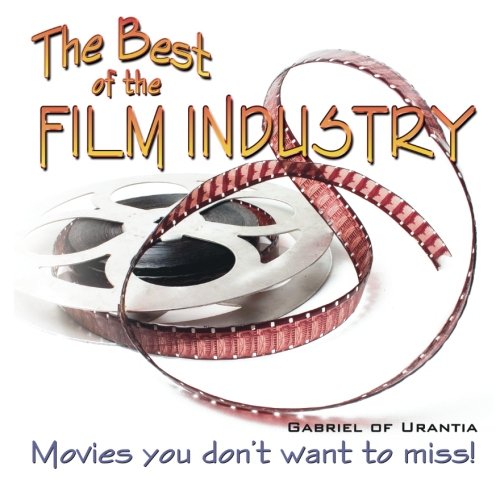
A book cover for The Best of the Film Industry; Gabriel Of Urantia; Religion & Spirituality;